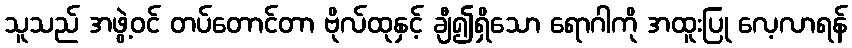
သူသည် အဖွဲ့ဝင် တပ်တောင်တာ ဗိုလ်ထုနှင့် ချီ၍ရှိသော ရောဂါကို အထူးပြု လေ့လာရန်